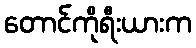
တောင်ကိုရီးယားက